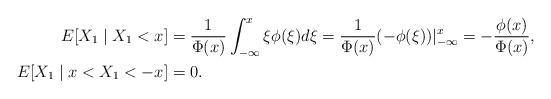
LaTeX: \begin{align*}E[X_1 \mid X_1 <x] & = \frac{1}{\Phi(x)} \int_{-\infty}^x \xi \phi(\xi) d\xi = \frac{1}{\Phi (x)} (- \phi(\xi))|_{-\infty}^x = - \frac{\phi(x)}{\Phi(x)},\\E[X_1 \mid x < X_1 < -x] & = 0.\end{align*}